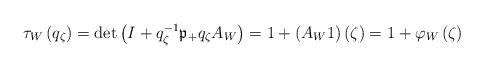
LaTeX: \begin{align*}\tau_{W}\left( q_{\zeta}\right) =\det\left( I+q_{\zeta}^{-1}\mathfrak{p}_{+}q_{\zeta}A_{W}\right) =1+\left( A_{W}1\right) (\zeta)=1+\varphi_{W}\left( \zeta\right) \end{align*}